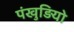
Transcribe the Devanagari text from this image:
पंखुड़ियो